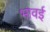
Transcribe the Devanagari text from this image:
भावई